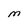
Character: M